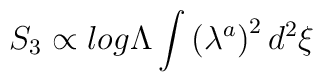
S_ {3} \propto log\Lambda\int{\left( \lambda^{a} \right)^{2}d^{2}\xi}